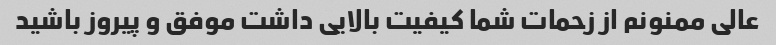
عالی ممنونم از زحمات شما کیفیت بالایی داشت موفق و پیروز باشید